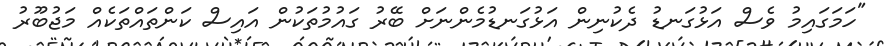
"ހަމަގައިމު ވެސް އަޅުގަނޑު ދެކުނިން އަޅުގަނޑުމެންނަށް ބޭރު ގައުމުތަކުން އައިސް ކަންތައްތަކެއް މަޖުބޫރު